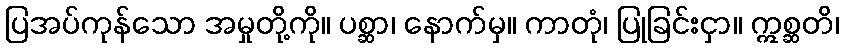
ပြအပ်ကုန်သော အမှုတို့ကို။ ပစ္ဆာ၊ နောက်မှ။ ကာတုံ၊ ပြုခြင်းငှာ။ ဣစ္ဆတိ၊